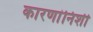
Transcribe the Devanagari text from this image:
कारणांनिशी